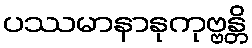
ပဿမာနာနုကုဗ္ဗန္တိ